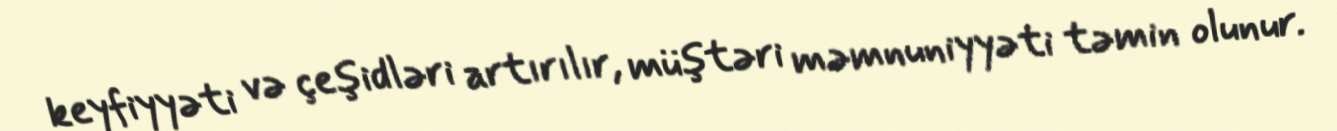
keyfiyyəti və çeşidləri artırılır, müştəri məmnuniyyəti təmin olunur.